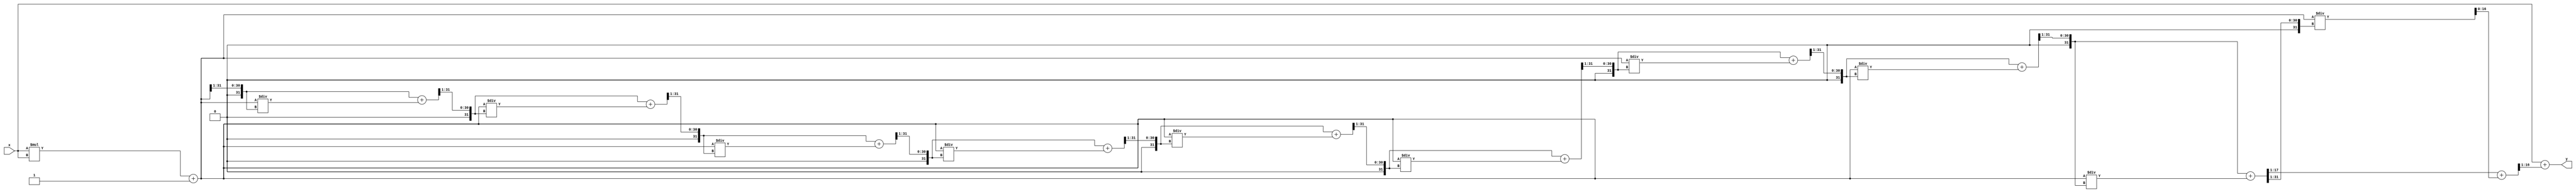
module asinh (
    input signed [15:0] x,     // 16-bit signed fixed-point input
    output reg signed [15:0] y  // 16-bit signed fixed-point output
);
    reg signed [31:0] x2;       // 32-bit for x^2
    reg signed [31:0] sqrt_term; // 32-bit for sqrt(x^2 + 1)
    reg signed [31:0] sqrt_val;  // 32-bit for the square root value
    reg signed [31:0] ln_input;   // 32-bit for ln input
    reg signed [31:0] ln_val;      // 32-bit for the final ln value

    // Function to compute x^2
    function signed [31:0] square;
        input signed [15:0] val;
        begin
            square = val * val; // Simple multiplication
        end
    endfunction

    // Function to compute square root using a simple iterative method
    function signed [31:0] sqrt;
        input signed [31:0] val;
        integer i;
        reg signed [31:0] approx;
        begin
            approx = val >> 1; // Initial approximation
            for (i = 0; i < 10; i = i + 1) begin
                approx = (approx + (val / approx)) >> 1; // Newton-Raphson
            end
            sqrt = approx;
        end
    endfunction

    // Function to compute natural logarithm (placeholder)
    function signed [31:0] natural_log;
        input signed [31:0] val;
        // Simple log approximation (needs a proper implementation)
        natural_log = val; // Placeholder: should implement proper log
    endfunction

    always @(*) begin
        // Step 1: Compute x^2
        x2 = square(x);
        
        // Step 2: Compute sqrt(x^2 + 1)
        sqrt_term = x2 + 32'd1; // Add 1 to x^2
        sqrt_val = sqrt(sqrt_term);

        // Step 3: Compute ln(x + sqrt(x^2 + 1))
        ln_input = x + sqrt_val; // x + sqrt(x^2 + 1)
        ln_val = natural_log(ln_input);

        // Step 4: Set output y
        y = ln_val[15:0]; // Truncate or round as necessary
    end
endmodule